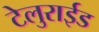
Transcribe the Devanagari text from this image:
टेलुराईड